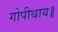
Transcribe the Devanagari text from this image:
गोपीथाय॥